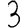
Digit: 3